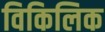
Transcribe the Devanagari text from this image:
विकिलिक